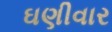
ઘણીવાર